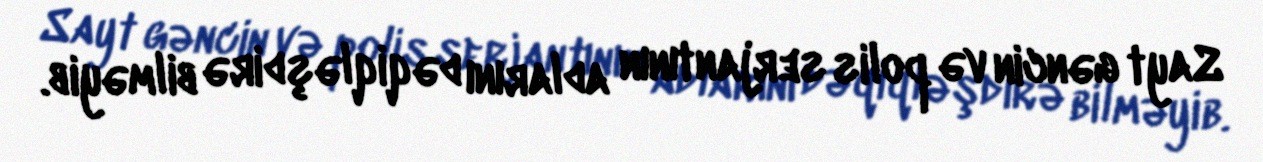
Sayt gəncin və polis serjantının adlarını dəqiqləşdirə bilməyib.